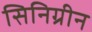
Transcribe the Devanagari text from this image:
सिनिग्रीन